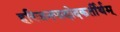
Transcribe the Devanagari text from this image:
हरिजनपादोदकर्तीर्थम्‌